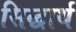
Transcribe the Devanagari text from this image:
सिद्धार्थ